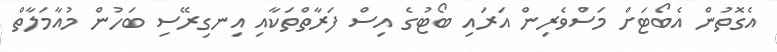
އެގޮތުން އެބޯޓަށް މަސްވެރިން އަރައި ބޯޓުގެ އިސް ފަރާތްތަކާއި އިނގިރޭސި ބަހުން މުއާމަލާތް